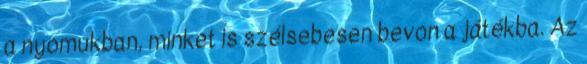
a nyomukban, minket is szélsebesen bevon a játékba. Az